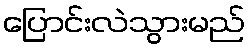
ပြောင်းလဲသွားမည်